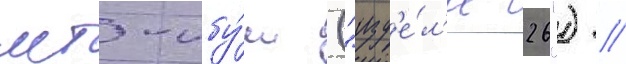
мт-лбу́ш ("изд'е́л'ие 26") //